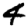
Digit: 4